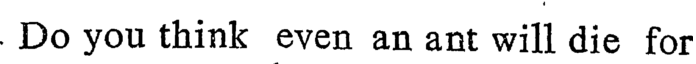
Do you think even an ant will die for